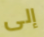
إلى